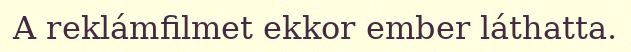
A reklámfilmet ekkor ember láthatta.